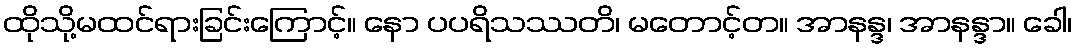
ထိုသို့မထင်ရားခြင်းကြောင့်။ နော ပပရိသဿတိ၊ မတောင့်တ။ အာနန္ဒ၊ အာနန္ဒာ။ ခေါ၊